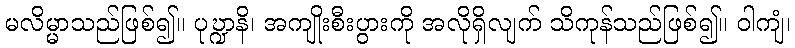
မလိမ္မာသည်ဖြစ်၍။ ပုဎ္ဍာနိ၊ အကျိုးစီးပွားကို အလိုရှိလျက် သိကုန်သည်ဖြစ်၍။ ဝါကျံ၊